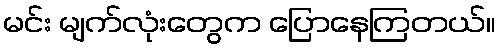
မင်း မျက်လုံးတွေက ပြောနေကြတယ်။